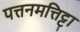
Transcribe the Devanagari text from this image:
पत्तनमत्तिट्टा